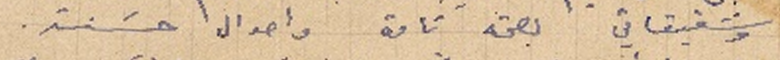
وشقيقاتي بصحة تامة واحوال حسَنة.